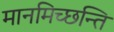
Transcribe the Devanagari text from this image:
मानमिच्छन्ति